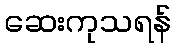
ဆေးကုသရန်